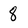
Character: 8